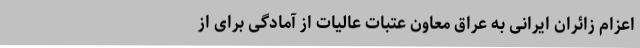
اعزام زائران ایرانی به عراق معاون عتبات عالیات از آمادگی برای از